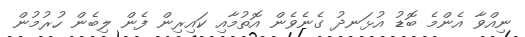
ނިއްވާ އެންމެ ބޮޑު އުޅަނދު ގެނެވެން އޮތުމާއި ކައިރިން ފެން ލިބެން ހުރުމުން